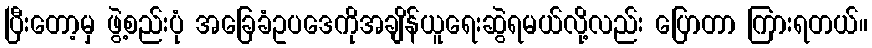
ပြီးတော့မှ ဖွဲ့စည်းပုံ အခြေခံဥပဒေကိုအချိန်ယူရေးဆွဲရမယ်လို့လည်း ပြောတာ ကြားရတယ်။